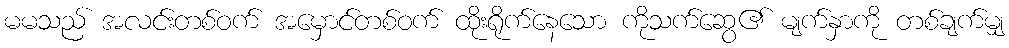
မမသည် အလင်းတစ်ဝက် အမှောင်တစ်ဝက် ထိုးရိုက်နေသော ကိုသက်ဆွေ၏ မျက်နှာကို တစ်ချက်မျှ